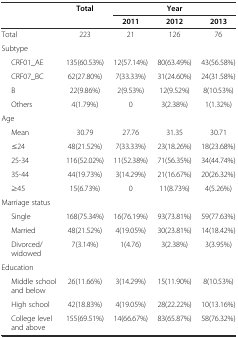
| <ROWSPAN=2>  | <ROWSPAN=2> Total | <COLSPAN=3> Year |
 | 2011 | 2012 | 2013 |
 | --- | --- | --- | --- | --- |
 | Total | 223 | 21 | 126 | 76 |
 | <COLSPAN=5> Subtype |
 | CRF01_AE | 135(60.53%) | 12(57.14%) | 80(63.49%) | 43(56.58%) |
 | CRF07_BC | 62(27.80%) | 7(33.33%) | 31(24.60%) | 24(31.58%) |
 | B | 22(9.86%) | 2(9.53%) | 12(9.52%) | 8(10.53%) |
 | Others | 4(1.79%) | 0 | 3(2.38%) | 1(1.32%) |
 | <COLSPAN=5> Age |
 | Mean | 30.79 | 27.76 | 31.35 | 30.71 |
 | ≤24 | 48(21.52%) | 7(33.33%) | 23(18.26%) | 18(23.68%) |
 | 25-34 | 116(52.02%) | 11(52.38%) | 71(56.35%) | 34(44.74%) |
 | 35-44 | 44(19.73%) | 3(14.29%) | 21(16.67%) | 20(26.32%) |
 | ≥45 | 15(6.73%) | 0 | 11(8.73%) | 4(5.26%) |
 | <COLSPAN=5> Marriage status |
 | Single | 168(75.34%) | 16(76.19%) | 93(73.81%) | 59(77.63%) |
 | Married | 48(21.52%) | 4(19.05%) | 30(23.81%) | 14(18.42%) |
 | Divorced/widowed | 7(3.14%) | 1(4.76) | 3(2.38%) | 3(3.95%) |
 | <COLSPAN=5> Education |
 | Middle school and below | 26(11.66%) | 3(14.29%) | 15(11.90%) | 8(10.53%) |
 | High school | 42(18.83%) | 4(19.05%) | 28(22.22%) | 10(13.16%) |
 | College level and above | 155(69.51%) | 14(66.67%) | 83(65.87%) | 58(76.32%) |